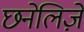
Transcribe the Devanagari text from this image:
छनेलिज़े